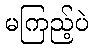
မကြည့်ပဲ